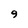
Character: 9